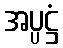
အပ္ပဋ္ဌံ